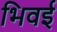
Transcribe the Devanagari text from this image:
भिवई